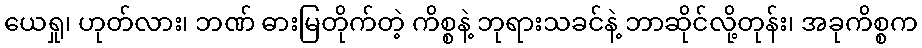
ယေရှု၊ ဟုတ်လား၊ ဘဏ် ဓားမြတိုက်တဲ့ ကိစ္စနဲ့ ဘုရားသခင်နဲ့ ဘာဆိုင်လို့တုန်း၊ အခုကိစ္စက